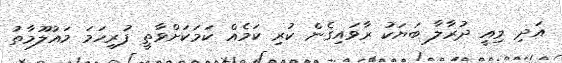
އަދި މިއީ ދުރާލާ ބަޔަކު ރާވައިގެން ކުރި ކަމެއް ކަމަކަށްވާތީ ފުރިހަމަ މައުލޫމާތު